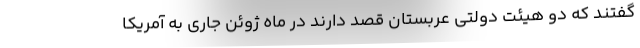
گفتند که دو هیئت دولتی عربستان قصد دارند در ماه ژوئن جاری به آمریکا